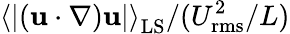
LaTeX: \left\langle\lvert({\mathbf u\cdot\nabla}){\mathbf u}\rvert\right\rangle_{\mathrm{LS}}/(U_{\mathrm{rms}}^{2}/L)